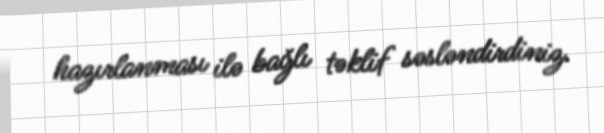
hazırlanması ilə bağlı təklif səsləndirdiniz.